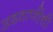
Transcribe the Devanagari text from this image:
अडवाणींची